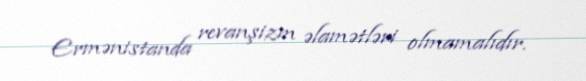
Ermənistanda revanşizm əlamətləri olmamalıdır.